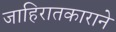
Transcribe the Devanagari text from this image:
जाहिरातकाराने